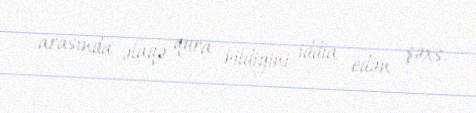
arasında əlaqə qura bildiyini iddia edən şəxs.